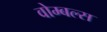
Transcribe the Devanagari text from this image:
वोम्बल्स